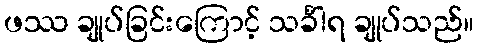
ဖဿ ချုပ်ခြင်းကြောင့် သင်္ခါရ ချုပ်သည်။